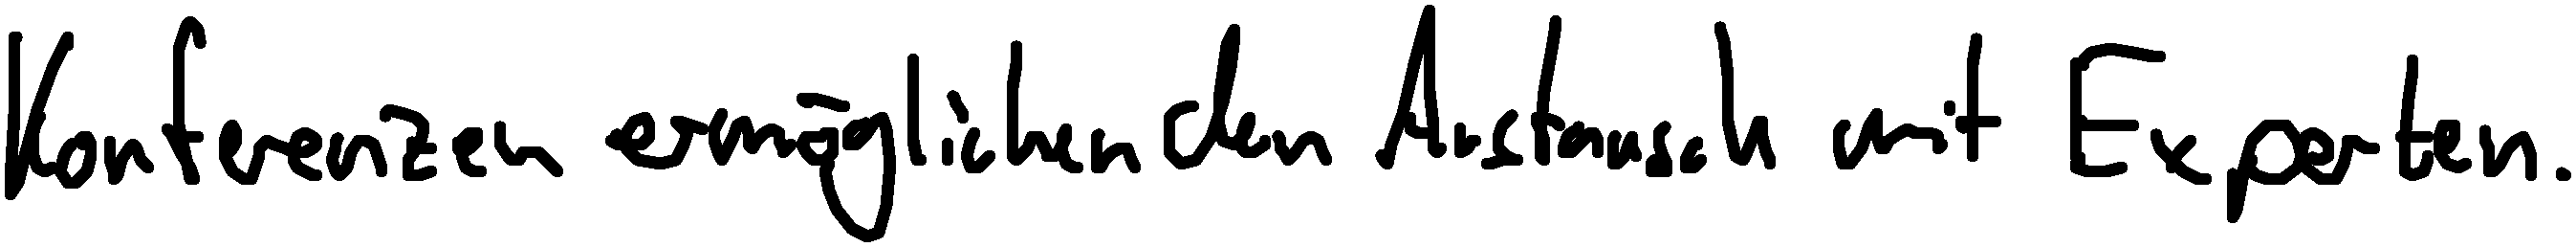
Konferenzen ermöglichen den Austausch mit Experten.